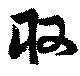
取